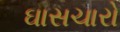
ઘાસચારો